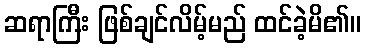
ဆရာကြီး ဖြစ်ချင်လိမ့်မည် ထင်ခဲ့မိ၏။